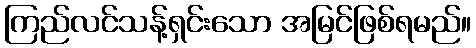
ကြည်လင်သန့်ရှင်းသော အမြင်ဖြစ်ရမည်။